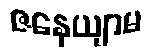
ဇနေယျာမ